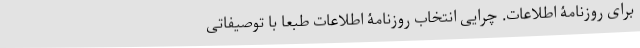
برای روزنامۀ اطلاعات. چرایی انتخاب روزنامۀ اطلاعات طبعاً با توصیفاتی